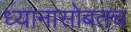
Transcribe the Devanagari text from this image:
ध्यानासोबतच